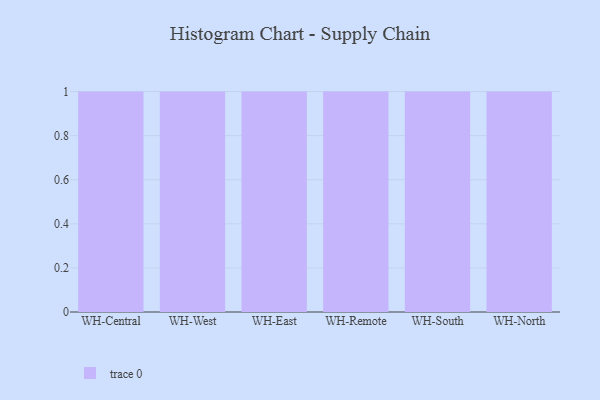
{"axis": {"x": "Warehouse", "y": "Temperature (°C)"}, "legend": [""], "data": [{"x": "WH-Central", "y": 93, "type": ""}, {"x": "WH-West", "y": 28, "type": ""}, {"x": "WH-East", "y": 32, "type": ""}, {"x": "WH-Remote", "y": 46, "type": ""}, {"x": "WH-South", "y": 99, "type": ""}, {"x": "WH-North", "y": 19, "type": ""}]}